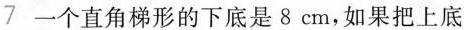
7 一个直角梯形的下底是8cm，如果把上底